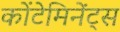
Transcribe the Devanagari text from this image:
कोंटेमिनेंट्स